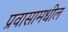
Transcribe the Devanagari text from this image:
प्रवासामधील